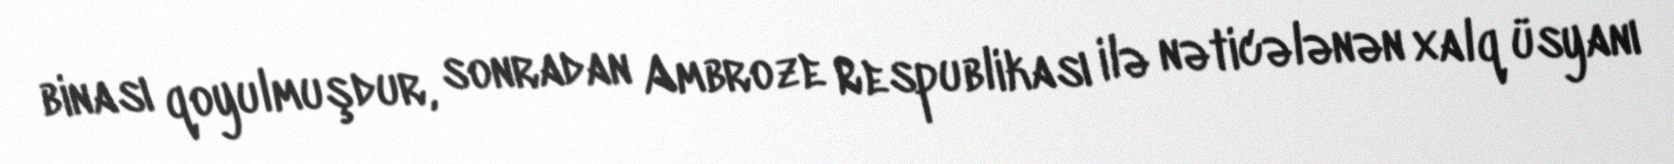
binası qoyulmuşdur, sonradan Ambroze Respublikası ilə nəticələnən xalq üsyanı